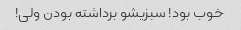
خوب بود! سبزیشو برداشته بودن ولی!